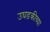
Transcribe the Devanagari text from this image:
उघडकीच्या